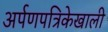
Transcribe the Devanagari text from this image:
अर्पणपत्रिकेखाली